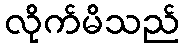
လိုက်မိသည်